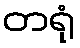
တရုံ